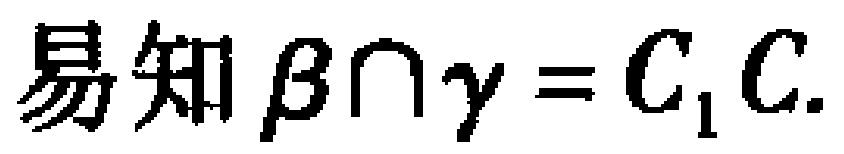
易知\(\beta\cap\gamma = C_{1}C\).